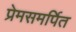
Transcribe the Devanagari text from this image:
प्रेमसमर्पित